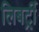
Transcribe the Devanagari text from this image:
लिबर्ट्री